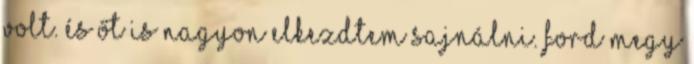
volt. És őt is nagyon elkezdtem sajnálni. Ford megy